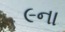
૯ના